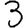
Digit: 3